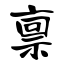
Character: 禀